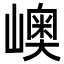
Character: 㠗